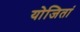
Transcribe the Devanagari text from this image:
योजितां